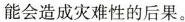
能会造成灾难性的后果。